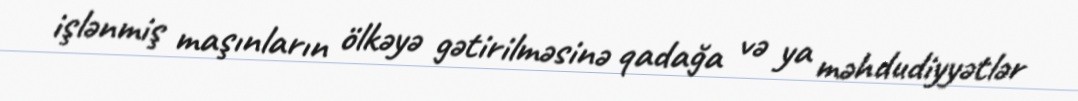
işlənmiş maşınların ölkəyə gətirilməsinə qadağa və ya məhdudiyyətlər